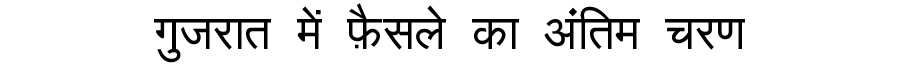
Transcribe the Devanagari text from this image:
गुजरात में फ़ैसले का अंतिम चरण